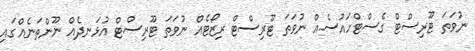
ނުވަތަ ޓޫރިސްޓް ގެސްޓްހައުސެއް ނުވަތަ ޓޫރިސްޓް ރިޒޯޓެއް ނުވަތަ ޓޫރިސްޓް އުޅަނދެއް ނޫންތަނެއްގައި